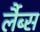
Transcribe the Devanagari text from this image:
र्लैब्स